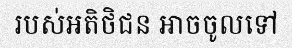
របស់អតិថិជន អាចចូលទៅ